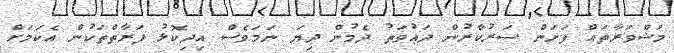
މަޝްވަރާތައް ފަށަން ސަރުކާރުން ދައުވަތު ދެމުން ދިޔަ ނަމަވެސް އިދިކޮޅު ފަރާތްތަކުން އެކަމަށް